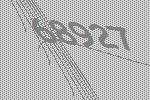
68927